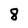
Character: 8